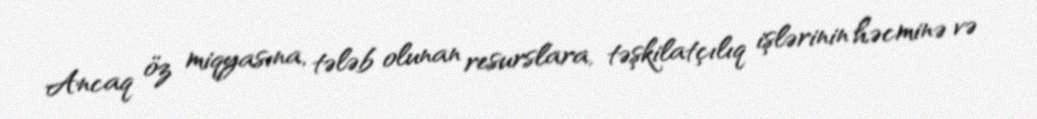
Ancaq öz miqyasına, tələb olunan resurslara, təşkilatçılıq işlərinin həcminə və